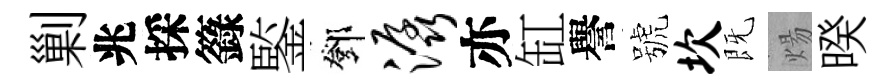
剿兆採籙鍳鄧潺亦缸譽號坎既煬暌